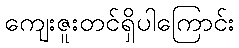
ကျေးဇူးတင်ရှိပါကြောင်း